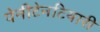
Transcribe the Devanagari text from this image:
पेनीटेनटियारी